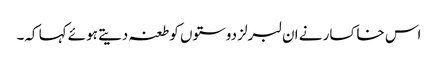
اس خاکسار نے ان لبرلز دوستوں کو طعنہ دیتے ہوئے کہا کہ۔